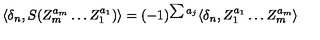
\langle \delta _ { n } , S ( Z _ { m } ^ { a _ { m } } \ldots Z _ { 1 } ^ { a _ { 1 } } ) \rangle = ( - 1 ) ^ { \sum a _ { j } } \langle \delta _ { n } , Z _ { 1 } ^ { a _ { 1 } } \ldots Z _ { m } ^ { a _ { m } } \rangle